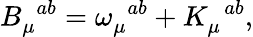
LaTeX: B_{\mu}^{\, \, \, ab}=\omega_{\mu}^{\, \, \, ab}+K_{\mu}^{\, \, \, ab},